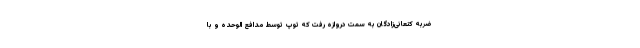
ضربه کنعانی‌زادگان به سمت دروازه رفت که توپ توسط مدافع الوحده و با